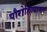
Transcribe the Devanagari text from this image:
पौरोहित्यावर